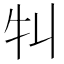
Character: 㸨